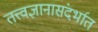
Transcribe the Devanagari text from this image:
तत्त्वज्ञानासंदर्भात